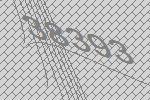
38393